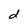
Character: d